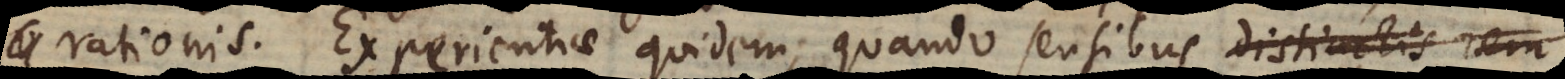
altera v Experientiae quidem, quando sensibusdistinctis rem